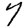
Digit: 7